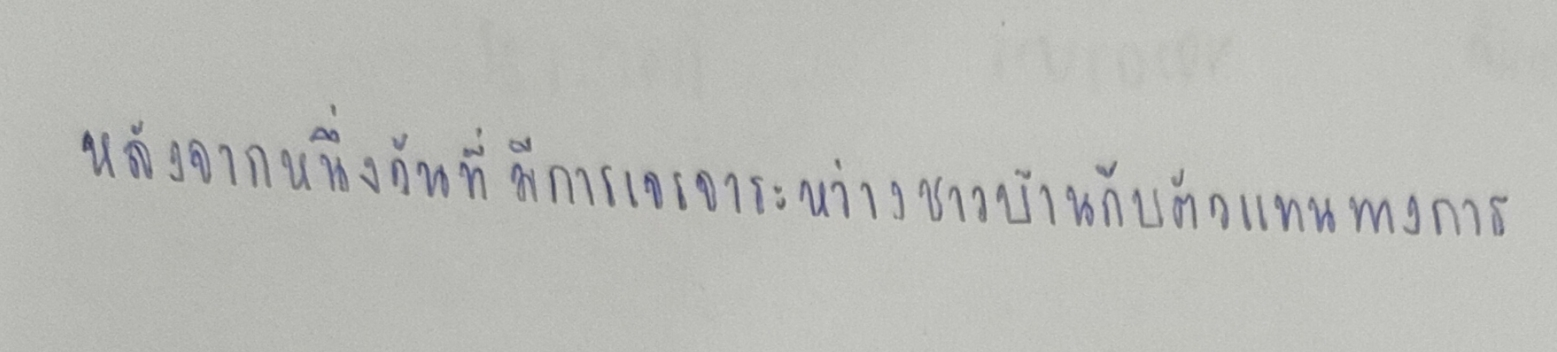
หลังจากหนึ่งวันที่มีการเจรจาระหว่างชาวบ้านกับตัวแทนทางการ